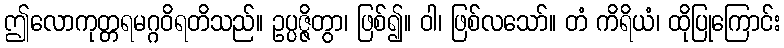
ဤလောကုတ္တရမဂ္ဂဝိရတိသည်။ ဥပ္ပဇ္ဇိတွာ၊ ဖြစ်၍။ ဝါ၊ ဖြစ်လသော်။ တံ ကိရိယံ၊ ထိုပြုကြောင်း